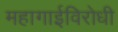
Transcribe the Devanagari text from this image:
महागाईविरोधी